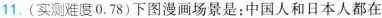
11.(实测难度0.78)下图漫画场景是：中国人和日本人都在